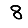
Digit: 8